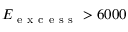
E _ { \mathrm { ~ e ~ x ~ c ~ e ~ s ~ s ~ } } > 6 0 0 0